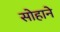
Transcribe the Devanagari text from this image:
सोहाने